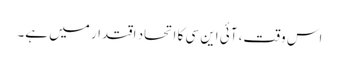
اس وقت، آئی این سی کا اتحاد اقتدار میں ہے۔